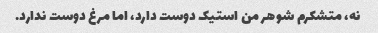
نه، متشکرم شوهر من استیک دوست دارد، اما مرغ دوست ندارد.